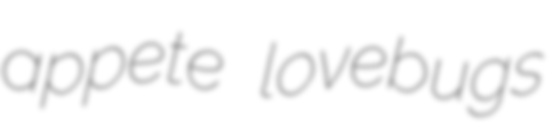
appete lovebugs